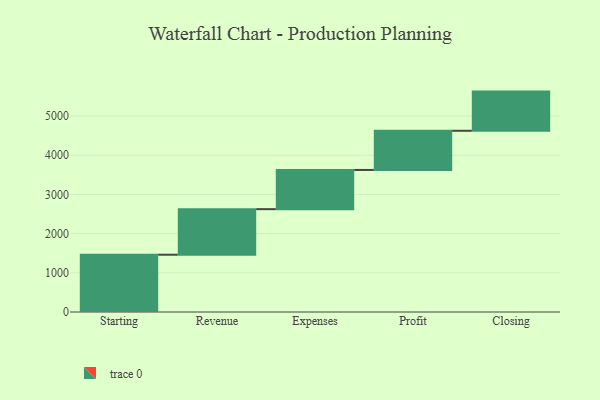
{"axis": {"x": "Step", "y": "Value"}, "legend": [""], "data": [{"x": "Starting", "y": 1462.0, "type": ""}, {"x": "Revenue", "y": 1163.0, "type": ""}, {"x": "Expenses", "y": 1000, "type": ""}, {"x": "Profit", "y": 1000, "type": ""}, {"x": "Closing", "y": 1000, "type": ""}]}